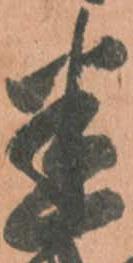
迷